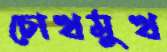
চোখমুখ